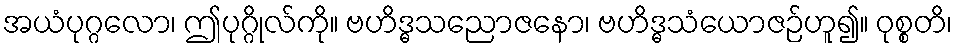
အယံပုဂ္ဂလော၊ ဤပုဂ္ဂိုလ်ကို။ ဗဟိဒ္ဓသညောဇနော၊ ဗဟိဒ္ဓသံယောဇဉ်ဟူ၍။ ဝုစ္စတိ၊